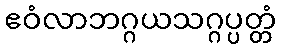
ဧဝံလာဘဂ္ဂယသဂ္ဂပ္ပတ္တံ